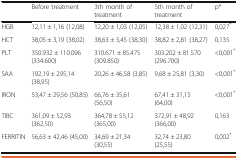
<table><thead><tr><td></td><td><b>Before treatment</b></td><td><b>3th month of treatment</b></td><td><b>5th month of treatment</b></td><td><b>p*</b></td></tr></thead><tbody><tr><td>HGB</td><td>12,11 ± 1,16 (12,08)</td><td>12,20 ± 1,03 (12,05)</td><td>12,38 ± 1,02 (12,31)</td><td>0,027<sup>*</sup></td></tr><tr><td>HCT</td><td>38,05 ± 3,19 (38,02)</td><td>38,63 ± 3,45 (38,30)</td><td>38,82 ± 2,81 (38,27)</td><td>0,135</td></tr><tr><td>PLT</td><td>350.932 ± 110.096 (334.600)</td><td>310.671 ± 85.475 (309.850)</td><td>303.202 ± 81.570 (296.700)</td><td>&lt;0,001<sup>*</sup></td></tr><tr><td>SAA</td><td>192,19 ± 295,14 (38,95)</td><td>20,26 ± 46,58 (3,85)</td><td>9,68 ± 25,81 (3,30)</td><td>&lt;0,001<sup>*</sup></td></tr><tr><td>IRON</td><td>53,47 ± 29,56 (50,85)</td><td>66,76 ± 35,61 (56,50)</td><td>67,41 ± 31,15 (64,00)</td><td>&lt;0,001<sup>*</sup></td></tr><tr><td>TIBC</td><td>361,09 ± 52,93 (362,50)</td><td>364,78 ± 55,12 (365,00)</td><td>372,91 ± 48,92 (366,00)</td><td>0,163</td></tr><tr><td>FERRITIN</td><td>56,63 ± 42,46 (45,00)</td><td>34,69 ± 21,34 (30,55)</td><td>32,74 ± 23,80 (25,55)</td><td>0,002<sup>*</sup></td></tr></tbody></table>